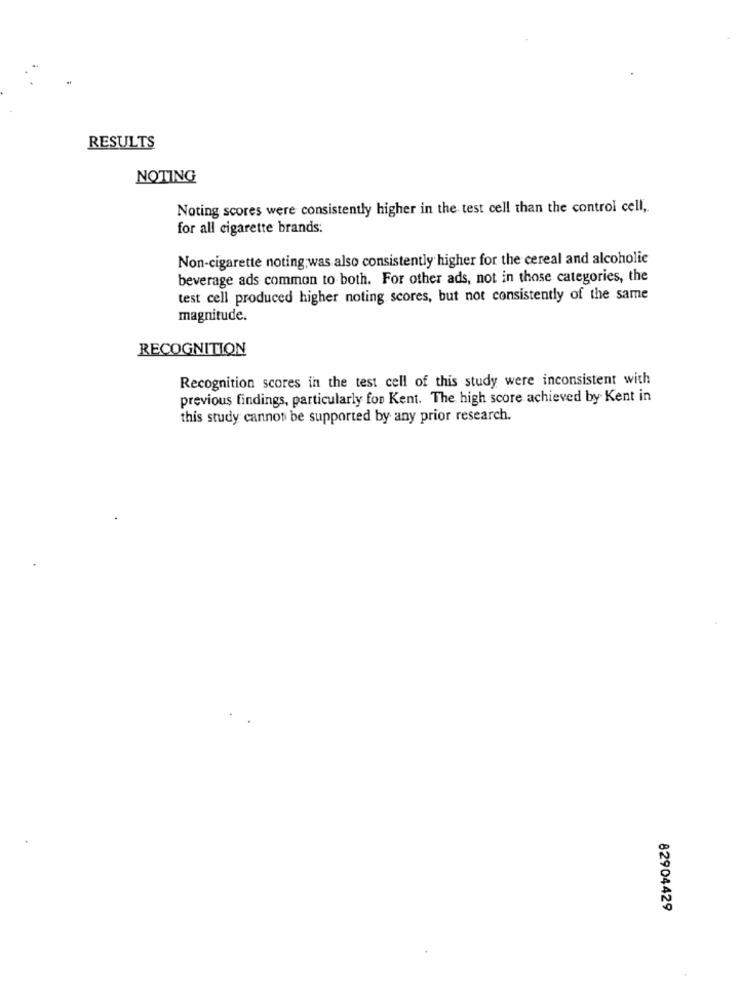
RESULTS
NOTING
Noting scores were consistently higher in the test cell than the control cell,
for all cigarette brands:
Non-cigarette noting was also consistently higher for the cereal and alcoholic
beverage ads common to both. For other ads, not in those categories, the
test cell produced higher noting scores, but not consistently of the same
magnitude.
RECOGNITION
Recognition scores in the test cell of this study were inconsistent with
previous findings, particularly for Kent. The high score achieved by Kent in
this study cannot be supported by any prior research.
82904429